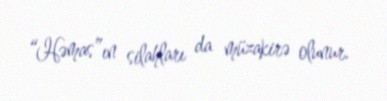
“Həmas”ın silahları da müzakirə olunur.